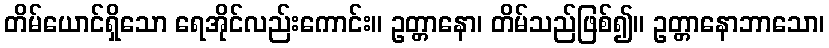
တိမ်ယောင်ရှိသော ရေအိုင်လည်းကောင်း။ ဥတ္တာနော၊ တိမ်သည်ဖြစ်၍။ ဥတ္တာနောဘာသော၊